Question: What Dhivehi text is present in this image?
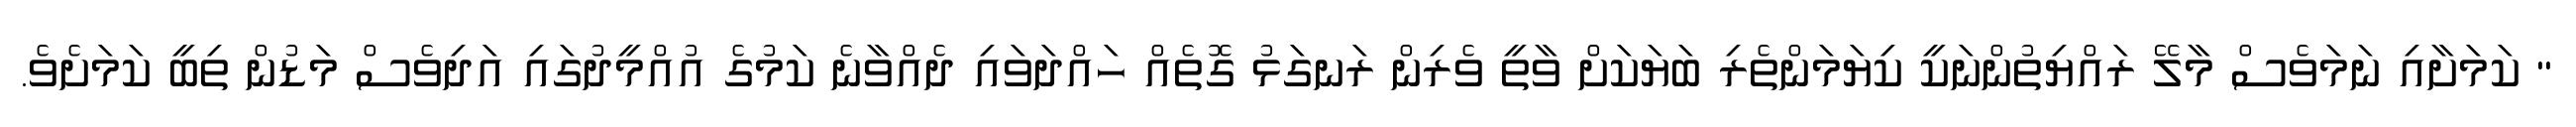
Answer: " ކަމަށާއި ނަމަވެސް މާލޭ ރައްޔިތުންނަކީ ކިޔަމަންތެރި ބަޔަކަށް ވާތީ ވެރިން ރަނގަޅު ގޮތެއް ހައްދަވައި ދެއްވާނެ ކަމުގެ އުއްމީދުގައި އަދިވެސް މަޑުން ތިބީ ކަމަށެވެ.